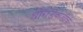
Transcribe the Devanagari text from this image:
धोंगडेवाडीचे